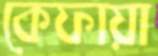
কেফায়া